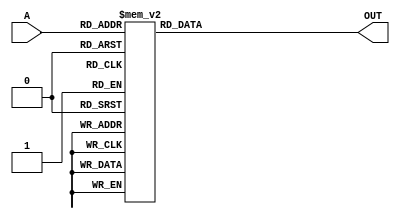
module decoder(input [3:0] A, output reg [15:0] OUT);

always @(*) begin
    case(A)
        4'd0  : OUT = 16'b0000000000000001;
        4'd1  : OUT = 16'b0000000000000010;
        4'd2  : OUT = 16'b0000000000000100;
        4'd3  : OUT = 16'b0000000000001000;
        4'd4  : OUT = 16'b0000000000010000;
        4'd5  : OUT = 16'b0000000000100000;
        4'd6  : OUT = 16'b0000000001000000;
        4'd7  : OUT = 16'b0000000010000000;
        4'd8  : OUT = 16'b0000000100000000;
        4'd9  : OUT = 16'b0000001000000000;
        4'd10 : OUT = 16'b0000010000000000;
        4'd11 : OUT = 16'b0000100000000000;
        4'd12 : OUT = 16'b0001000000000000;
        4'd13 : OUT = 16'b0010000000000000;
        4'd14 : OUT = 16'b0100000000000000;
        4'd15 : OUT = 16'b1000000000000000;
        default : OUT = 16'b0000000000000000;
    endcase
end
endmodule



module logc(A, OUT);

input [3:0] A;
output OUT;

wire [15:0] decode;
decoder dec(.A(A), .OUT(decode));

assign OUT = decode[0] | decode[2] | decode[3] | decode[4] | decode[7] | decode[8] | decode[10] | decode[11] | decode[15];

endmodule